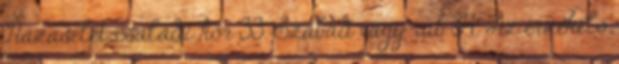
Házasélet-családi kör 33. Szabad vagy rab 34. Az érzékelő